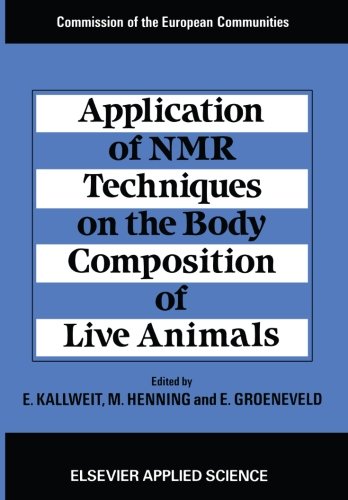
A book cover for Application of NMR Techniques on the Body Composition of Live Animals; Medical Books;